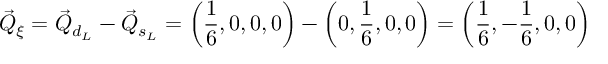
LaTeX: \vec { Q } _ { \xi } = \vec { Q } _ { d _ { L } } - \vec { Q } _ { s _ { L } } = \left( \frac { 1 } { 6 } , 0 , 0 , 0 \right) - \left( 0 , \frac { 1 } { 6 } , 0 , 0 \right) = \left( \frac { 1 } { 6 } , - \frac { 1 } { 6 } , 0 , 0 \right)